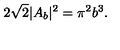
2 \sqrt 2 | A _ { b } | ^ { 2 } = \pi ^ { 2 } b ^ { 3 } .